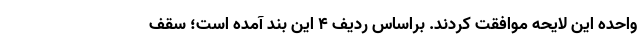
واحده این لایحه موافقت کردند. براساس ردیف ۴ این بند آمده است؛ سقف